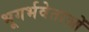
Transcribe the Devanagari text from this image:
भूगर्भवेताओं